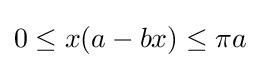
0\leq x(a-bx)\leq \pi a